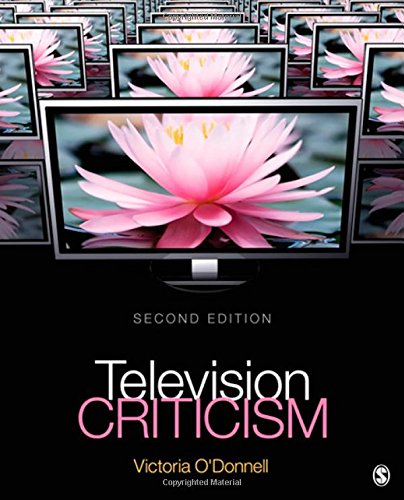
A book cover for Television Criticism; Victoria J. O'Donnell; Humor & Entertainment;